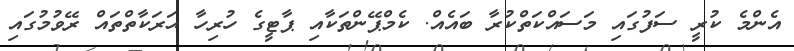
އެންމެ ކުރީ ސަފުގައި މަސައްކަތްކުރާ ބައެއް. ކެމްޕޭންތަކާއި ޕާޓީގެ ހުރިހާ ޙަރަކާތްތައް ރޭވުމުގައި